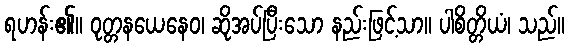
ရဟန်း၏။ ဝုတ္တနယေနေဝ၊ ဆိုအပ်ပြီးသော နည်းဖြင့်သာ။ ပါစိတ္တိယံ၊ သည်။